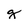
Character: g